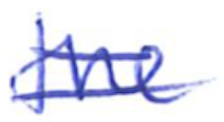
Text: the
Cross-out: double-line
Writing tool: ballpoint